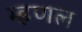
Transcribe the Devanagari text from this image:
म्‍हणल